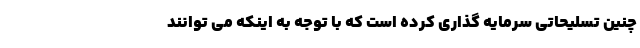
چنین تسلیحاتی سرمایه گذاری کرده است که با توجه به اینکه می توانند